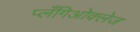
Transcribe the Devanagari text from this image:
प्लँगिओक्लेज